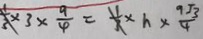
\frac { 1 } { 3 } \times 3 \times \frac { 9 } { 4 } = \frac { 1 } { 3 } \times h \times \frac { 9 \sqrt { 3 } } { 4 }